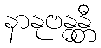
နာနုဗန္ဓန္တီ